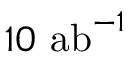
1 0 ~ \mathrm { { a b } } ^ { - 1 }